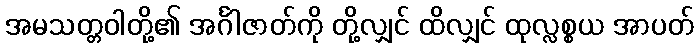
အမသတ္တဝါတို့၏ အင်္ဂါဇာတ်ကို တို့လျှင် ထိလျှင် ထုလ္လစ္စယ အာပတ်